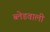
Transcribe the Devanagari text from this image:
ब्लेडवाली